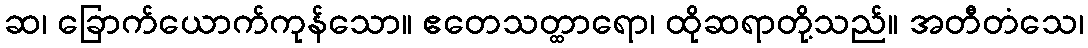
ဆ၊ ခြောက်ယောက်ကုန်သော။ ဧတေသတ္ထာရော၊ ထိုဆရာတို့သည်။ အတီတံသေ၊